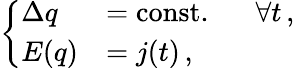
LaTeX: \left\{ \begin{array}{ll}{{\Delta q}}&{{=\mathrm{const.}\; \; \; \; \; \; \forall t\, ,}}\\ {{E(q)}}&{{=j(t)\, ,}}\end{array}\right.